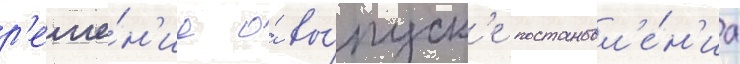
р'еше́н'ие о́ вы́пуск'е постановл'е́н'иа